Annual report of the Imperial Bacteriologist
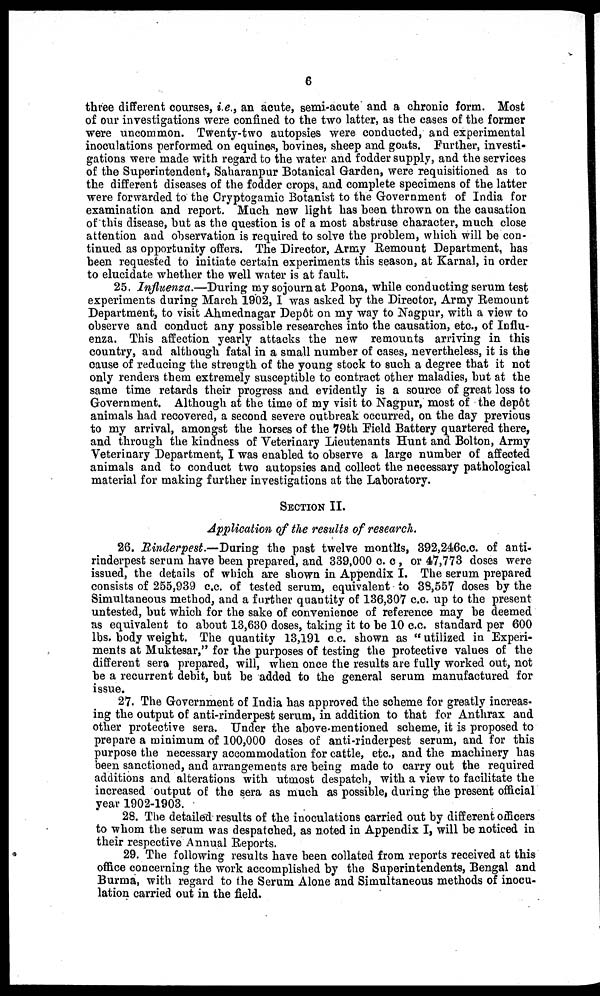
6
three different courses, i.e., an acute, semi-acute and a chronic form. Most
of our investigations were confined to the two latter, as the cases of the former
were uncommon. Twenty-two autopsies were conducted, and experimental
inoculations performed on equines, bovines, sheep and goats. Further, investi-
gations were made with regard to the water and fodder supply, and the services
of the Superintendent, Saharanpur Botanical Garden, were requisitioned as to
the different diseases of the fodder crops, and complete specimens of the latter
were forwarded to the Cryptogamic Botanist to the Government of India for
examination and report. Much new light has been thrown on the causation
of this disease, but as the question is of a most abstruse character, much close
attention and observation is required to solve the problem, which will be con-
tinued as opportunity offers. The Director, Army Remount Department, has
been requested to initiate certain experiments this season, at Karnal, in order
to elucidate whether the well water is at fault.
25. Influenza.—During my sojourn at Poona, while conducting serum test
experiments during March 1902,I was asked by the Director, Army Remount
Department, to visit Ahmednagar Depôt on my way to Nagpur, with a view to
observe and conduct any possible researches into the causation, etc., of Influ-
enza. This affection yearly attacks the new remounts arriving in this
country, and although fatal in a small number of cases, nevertheless, it is the
cause of reducing the strength of the young stock to such a degree that it not
only renders them extremely susceptible to contract other maladies, but at the
same time retards their progress and evidently is a source of great loss to
Government. Although at the time of my visit to Nagpur, most of the depôt
animals had recovered, a second severe outbreak occurred, on the day previous
to my arrival, amongst the horses of the 79th Field Battery quartered there,
and through the kindness of Veterinary Lieutenants Hunt and Bolton, Army
Veterinary Department, I was enabled to observe a large number of affected
animals and to conduct two autopsies and collect the necessary pathological
material for making further investigations at the Laboratory.
SECTION II.
Application of the results of research.
26. Rinderpest.—During the past twelve months, 392,246c.c. of anti-
rinderpest serum have been prepared, and 339,000 c. c, or 47,773 doses were
issued, the details of which are shown in Appendix I. The serum prepared
consists of 255,939 c.c. of tested serum, equivalent to 38,557 doses by the
Simultaneous method, and a further quantity of 136,307 c.c. up to the present
untested, but which for the sake of convenience of reference may be deemed
as equivalent to about 13,630 doses, taking it to be 10 c.c. standard per 600
lbs. body weight. The quantity 13,191 c.c. shown as " utilized in Experi-
ments at Muktesar," for the purposes of testing the protective values of the
different sera prepared, will, when once the results are fully worked out, not
be a recurrent debit, but be added to the general serum manufactured for
issue.
27. The Government of India has approved the scheme for greatly increas-
ing the output of anti-rinderpest serum, in addition to that for Anthrax and
other protective sera. Under the above-mentioned scheme, it is proposed to
prepare a minimum of 100,000 doses of anti-rinderpest serum, and for this
purpose the necessary accommodation for cattle, etc., and the machinery has
been sanctioned, and arrangements are being made to carry out the required
additions and alterations with utmost despatch, with a view to facilitate the
increased output of the sera as much as possible, during the present official
year 1902-1903.
28. The detailed results of the inoculations carried out by different officers
to whom the serum was despatched, as noted in Appendix I, will be noticed in
their respective Annual Reports.
29. The following results have been collated from reports received at this
office concerning the work accomplished by the Superintendents, Bengal and
Burma, with regard to the Serum Alone and Simultaneous methods of inocu-
lation carried out in the field.